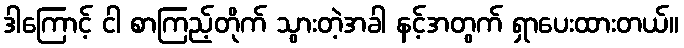
ဒါကြောင့် ငါ စာကြည့်တိုက် သွားတဲ့အခါ နင့်အတွက် ရှာပေးထားတယ်။